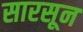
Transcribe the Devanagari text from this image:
सारसून